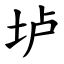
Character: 垆